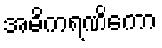
အဓိကရဏိကော